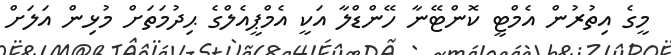
މީގެ އިތުރުން އެމްޓީ ކޮންޓޭނާ ހޭންޑްލާ އަކީ އެމްޕީއެލްގެ ޙިދުމަތަށް މުޅިން އަލަށް